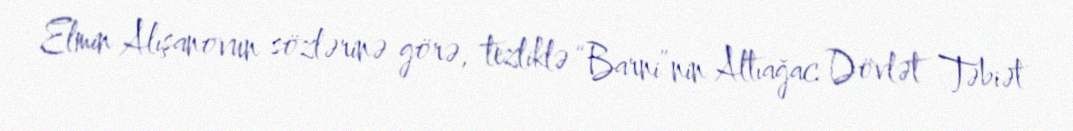
Elmin Alışanovun sözlərinə görə, tezliklə “Barni”nin Altıağac Dövlət Təbiət